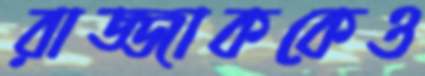
রাজ্জাককেও